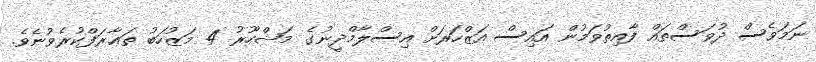
ނަމަވެސް ދުވަސްތައް ފާއިތުވަމުން އައިސް އަޒްހަރަށް އިސްލާމްދީނުގެ މަޝްހޫރު 4 މަޒުހަބު ތަޢާރަފްކުރެވުނެވެ.